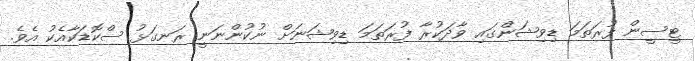
ޓީސީން ފުރަތަމަ ޑިވިޝަންގައި ވާދަކުރާ ފުރަތަމަ ޑިވިޝަނަަށް ނުކުންނަނީ ރަނގަޅު ސްކޮޑަކާއެކު އެވެ.